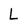
Character: L